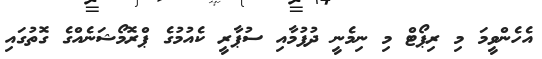
އެހެންވީމަ މި ރިޕޯޓް މި ނިމެނީ ދުފުމާއި ސުޕާރީ ކެއުމުގެ ޕްރޮމޯޝަނެއްގެ ގޮތުގައި